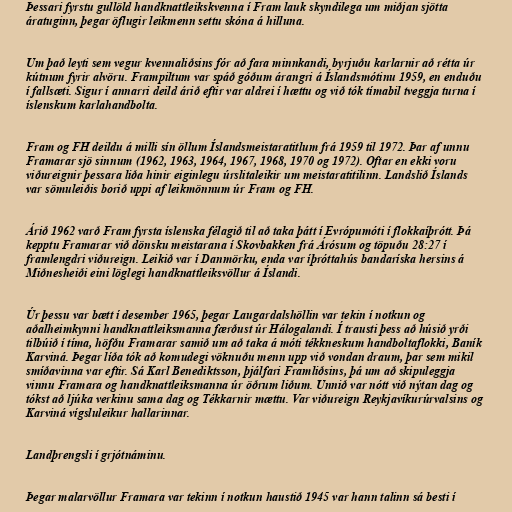
Þessari fyrstu gullöld handknattleikskvenna í Fram lauk skyndilega um miðjan sjötta
áratuginn, þegar öflugir leikmenn settu skóna á hilluna.

Um það leyti sem vegur kvennaliðsins fór að fara minnkandi, byrjuðu karlarnir að rétta úr
kútnum fyrir alvöru. Frampiltum var spáð góðum árangri á Íslandsmótinu 1959, en enduðu
í fallsæti. Sigur í annarri deild árið eftir var aldrei í hættu og við tók tímabil tveggja turna í
íslenskum karlahandbolta.

Fram og FH deildu á milli sín öllum Íslandsmeistaratitlum frá 1959 til 1972. Þar af unnu
Framarar sjö sinnum (1962, 1963, 1964, 1967, 1968, 1970 og 1972). Oftar en ekki voru
viðureignir þessara liða hinir eiginlegu úrslitaleikir um meistaratitilinn. Landslið Íslands
var sömuleiðis borið uppi af leikmönnum úr Fram og FH.

Árið 1962 varð Fram fyrsta íslenska félagið til að taka þátt í Evrópumóti í flokkaíþrótt. Þá
kepptu Framarar við dönsku meistarana í Skovbakken frá Árósum og töpuðu 28:27 í
framlengdri viðureign. Leikið var í Danmörku, enda var íþróttahús bandaríska hersins á
Miðnesheiði eini löglegi handknattleiksvöllur á Íslandi.

Úr þessu var bætt í desember 1965, þegar Laugardalshöllin var tekin í notkun og
aðalheimkynni handknattleiksmanna færðust úr Hálogalandi. Í trausti þess að húsið yrði
tilbúið í tíma, höfðu Framarar samið um að taka á móti tékkneskum handboltaflokki, Baník
Karviná. Þegar líða tók að komudegi vöknuðu menn upp við vondan draum, þar sem mikil
smíðavinna var eftir. Sá Karl Benediktsson, þjálfari Framliðsins, þá um að skipuleggja
vinnu Framara og handknattleiksmanna úr öðrum liðum. Unnið var nótt við nýtan dag og
tókst að ljúka verkinu sama dag og Tékkarnir mættu. Var viðureign Reykjavíkurúrvalsins og
Karviná vígsluleikur hallarinnar.

Landþrengsli í grjótnáminu.

Þegar malarvöllur Framara var tekinn í notkun haustið 1945 var hann talinn sá besti í